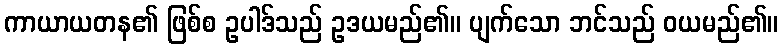
ကာယာယတန၏ ဖြစ်စ ဥပါဒ်သည် ဥဒယမည်၏။ ပျက်သော ဘင်သည် ဝယမည်၏။